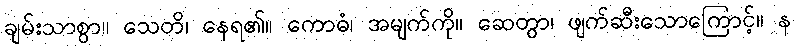
ချမ်းသာစွာ။ သေတိ၊ နေရ၏။ ကောဓံ၊ အမျက်ကို။ ဆေတွာ၊ ဖျက်ဆီးသောကြောင့်။ န